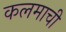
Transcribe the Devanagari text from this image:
कलमाची